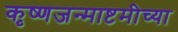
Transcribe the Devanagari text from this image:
कृष्णजन्माष्टमीच्या